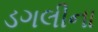
ડગલીના